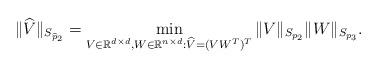
LaTeX: \begin{align*}\|\widehat{V}\|_{S_{\widehat{p}_{2}}}=\min_{V\in\mathbb{R}^{d\times d},W\in\mathbb{R}^{n\times d}:\widehat{V}=(VW^{T})^{T}}\|V\|_{S_{p_{2}}}\|W\|_{S_{p_{3}}}.\end{align*}